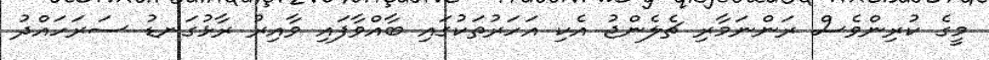
މީގެ ކުރިންވެސް ރަންނަމާރި ޗެލެންޖު އެކި އަހަރުތަކުގައި ބާއްވާފައި ވާއިރު ރާޅުގަނޑު ސަރަހައްދު